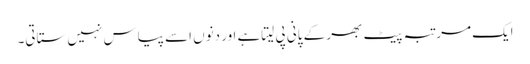
ایک مرتبہ پیٹ بھر کے پانی پی لیتاہے اور دنوں اسے پیاس نہیں ستاتی۔